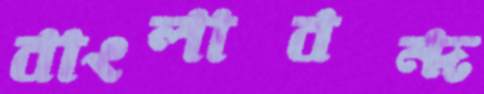
বাংলাবন্দ